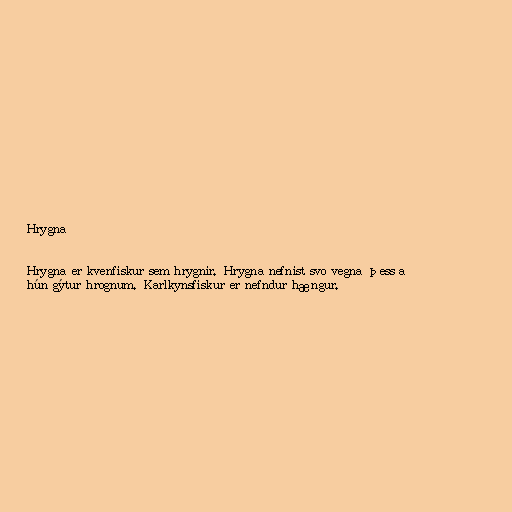
Hrygna

Hrygna er kvenfiskur sem hrygnir. Hrygna nefnist svo vegna þess að
hún gýtur hrognum. Karlkynsfiskur er nefndur hængur.